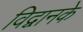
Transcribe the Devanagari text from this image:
विद्वानके